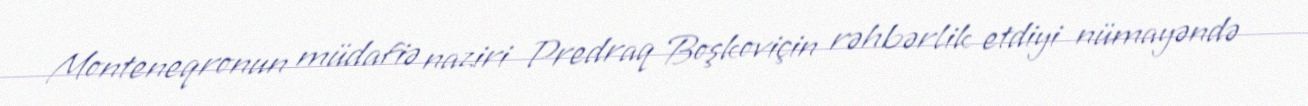
Monteneqronun müdafiə naziri Predraq Boşkoviçin rəhbərlik etdiyi nümayəndə